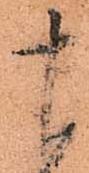
十